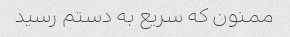
ممنون که سریع به دستم رسید